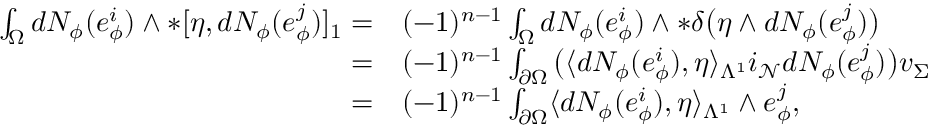
\begin{array} { r l } { \int _ { \Omega } d N _ { \phi } ( e _ { \phi } ^ { i } ) \wedge \ast [ \eta , d N _ { \phi } ( e _ { \phi } ^ { j } ) ] _ { 1 } = } & { { } ( - 1 ) ^ { n - 1 } \int _ { \Omega } d N _ { \phi } ( e _ { \phi } ^ { i } ) \wedge \ast \delta \big ( \eta \wedge d N _ { \phi } ( e _ { \phi } ^ { j } ) \big ) } \\ { = } & { { } ( - 1 ) ^ { n - 1 } \int _ { \partial \Omega } \big ( \langle d N _ { \phi } ( e _ { \phi } ^ { i } ) , \eta \rangle _ { \Lambda ^ { 1 } } i _ { \mathcal { N } } d N _ { \phi } ( e _ { \phi } ^ { j } ) \big ) v _ { \Sigma } } \\ { = } & { { } ( - 1 ) ^ { n - 1 } \int _ { \partial \Omega } \langle d N _ { \phi } ( e _ { \phi } ^ { i } ) , \eta \rangle _ { \Lambda ^ { 1 } } \wedge e _ { \phi } ^ { j } , } \end{array}